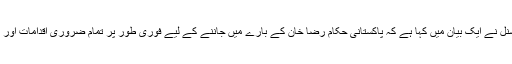
ایمنسٹی انٹرنیشنل نے ایک بیان میں کہا ہے کہ پاکستانی حکام رضا خان کے بارے میں جاننے کے لیے فوری طور پر تمام ضروری اقدامات اور تحقیقات کریں۔